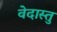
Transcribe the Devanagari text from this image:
वेदास्तु